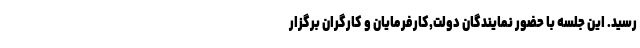
رسید. این جلسه با حضور نمایندگان دولت,کارفرمایان و کارگران برگزار